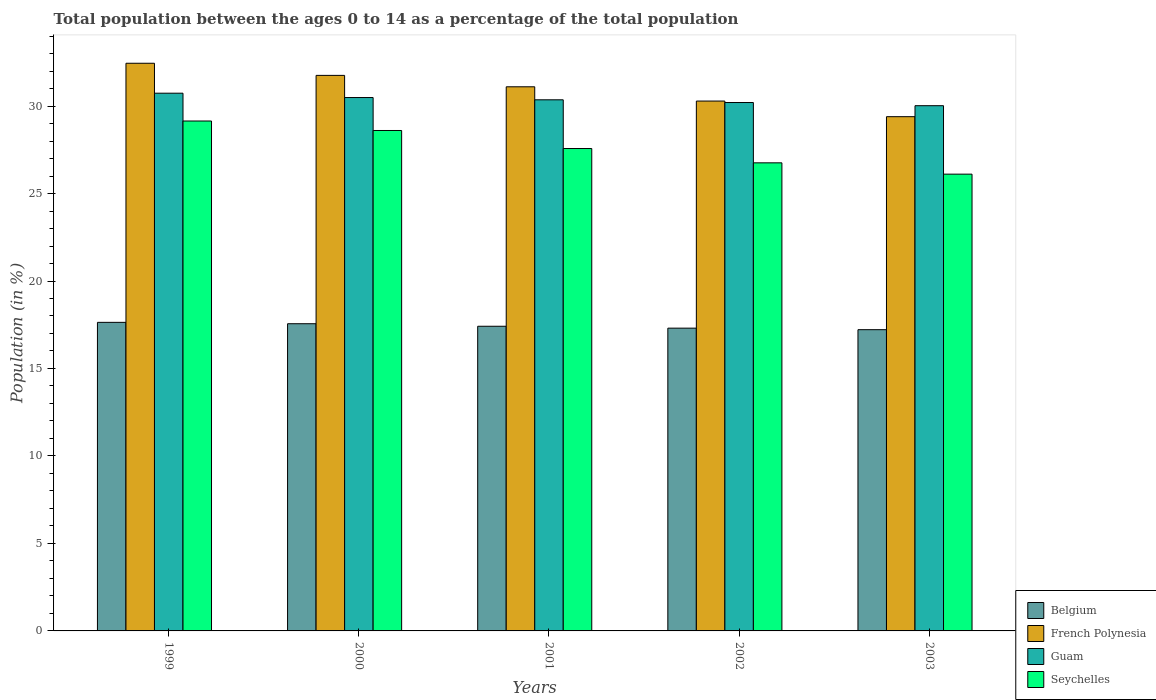
| Years | Belgium | French Polynesia | Guam | Seychelles |
 | --- | --- | --- | --- | --- |
 | 1999 | 17.6 | 32.4 | 30.7 | 29.1 |
 | 2000 | 17.6 | 31.8 | 30.5 | 28.6 |
 | 2001 | 17.4 | 31.1 | 30.4 | 27.6 |
 | 2002 | 17.3 | 30.3 | 30.2 | 26.8 |
 | 2003 | 17.2 | 29.4 | 30 | 26.1 |